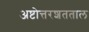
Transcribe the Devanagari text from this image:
अष्टोत्तरशतताल